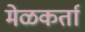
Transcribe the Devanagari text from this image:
मेळकर्ता